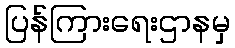
ပြန်ကြားရေးဌာနမှ